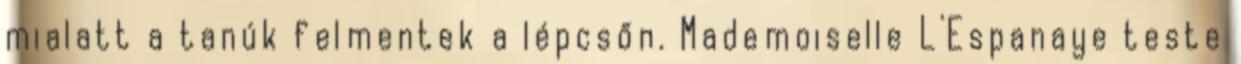
mialatt a tanúk felmentek a lépcsőn. Mademoiselle L'Espanaye teste